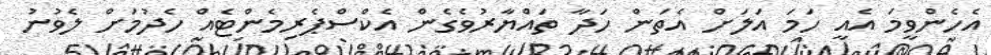
އެހެންވީމަ އެއީ ހަމަ އަލަށް އެތަން ހަދާ ތައްޔާރުވެގެން އެކްސްޕެރިމެންޓެއް ހެދުމަށް ލެވުނު